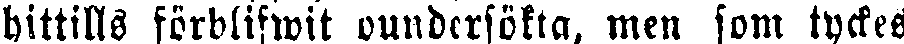
hittills förblifwit oundcrsökta, men som tyckes